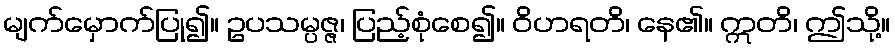
မျက်မှောက်ပြု၍။ ဥပသမ္ပဇ္ဇ၊ ပြည့်စုံစေ၍။ ဝိဟရတိ၊ နေ၏။ ဣတိ၊ ဤသို့။